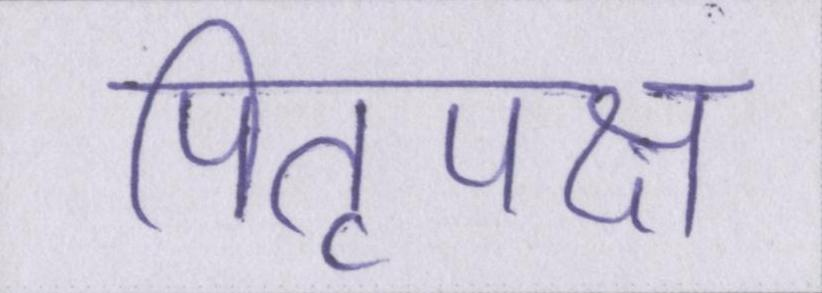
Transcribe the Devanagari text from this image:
पितृपक्ष